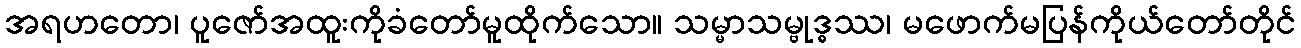
အရဟတော၊ ပူဇော်အထူးကိုခံတော်မူထိုက်သော။ သမ္မာသမ္ဗုဒ္ဓဿ၊ မဖောက်မပြန်ကိုယ်တော်တိုင်